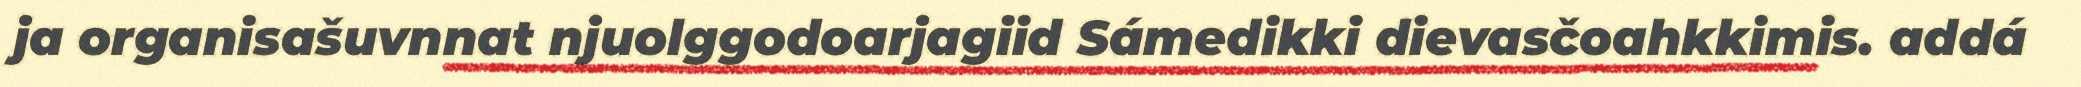
ja organisašuvnnat njuolggodoarjagiid Sámedikki dievasčoahkkimis. addá